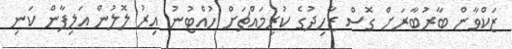
ޒަކްވާން ބާރުބާރަށް ގޮސް ޒާހިދުގެ ކުރިމައްޗަށް ހުއްޓުނު އިރު ލޮލުން އަލިފާން ކަނި